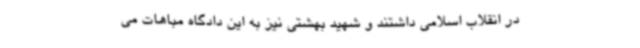
در انقلاب اسلامی داشتند و شهید بهشتی نیز به این دادگاه مباهات می‌